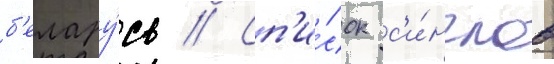
б'елару́сь // Сп'и́сок с'и́нглов